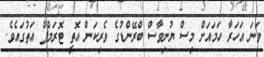
ވަނަ އަހަރާ ހަމައަށް މިސް ޔުނިވާސް ބްރޭންޑުގެ ވެރިކަން އޮތީ ޓޮރަމްޕް އަތުގައެވެ.